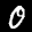
Label: 0